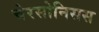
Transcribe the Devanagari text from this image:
चेरसोनिसस